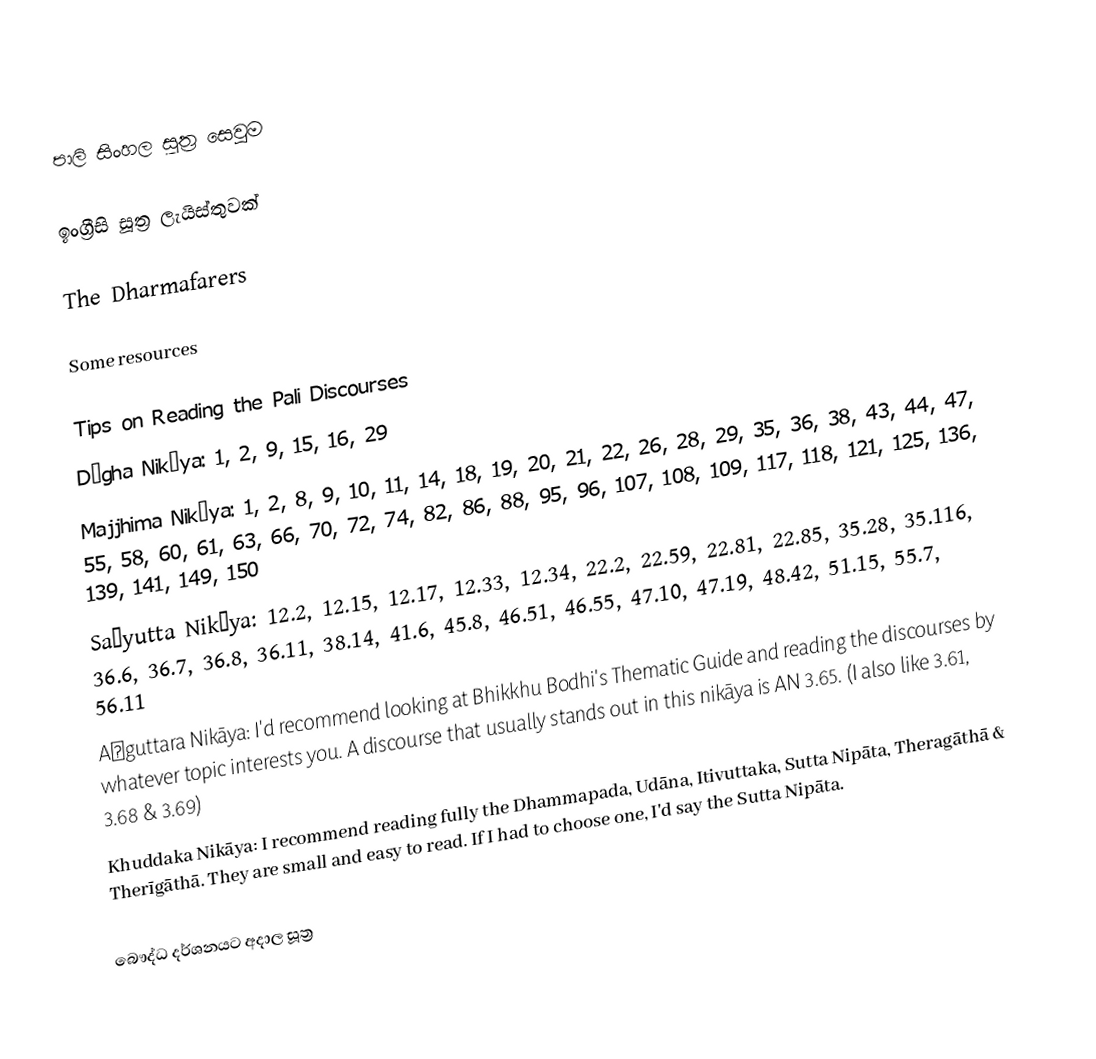
පාලි සිංහල සූත්‍ර සෙවුම

ඉංග්‍රීසි සූත්‍ර ලැයිස්තුවක්

The Dharmafarers

Some resources

Tips on Reading the Pali Discourses
 Dīgha Nikāya: 1, 2, 9, 15, 16, 29
 Majjhima Nikāya: 1, 2, 8, 9, 10, 11, 14, 18, 19, 20, 21, 22, 26, 28, 29, 35, 36, 38, 43, 44, 47, 55, 58, 60, 61, 63, 66, 70, 72, 74, 82, 86, 88, 95, 96, 107, 108, 109, 117, 118, 121, 125, 136, 139, 141, 149, 150
 Saṃyutta Nikāya: 12.2, 12.15, 12.17, 12.33, 12.34, 22.2, 22.59, 22.81, 22.85, 35.28, 35.116, 36.6, 36.7, 36.8, 36.11, 38.14, 41.6, 45.8, 46.51, 46.55, 47.10, 47.19, 48.42, 51.15, 55.7, 56.11
 Aṅguttara Nikāya: I'd recommend looking at Bhikkhu Bodhi's Thematic Guide and reading the discourses by whatever topic interests you. A discourse that usually stands out in this nikāya is AN 3.65. (I also like 3.61, 3.68 & 3.69)
 Khuddaka Nikāya: I recommend reading fully the Dhammapada, Udāna, Itivuttaka, Sutta Nipāta, Theragāthā & Therīgāthā. They are small and easy to read. If I had to choose one, I'd say the Sutta Nipāta.

බෞද්ධ දර්ශනයට අදාල සූත්‍ර